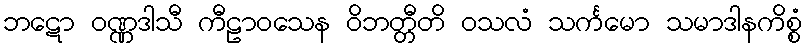
ဘဋော ဝဏ္ဏဒါသီ ကီဠာဝသေန ဝိဘတ္တီတိ ဝသလံ သင်္ကမော သမာဒါနကိစ္စံ